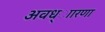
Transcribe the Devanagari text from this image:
अवध्ाारणा